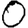
Digit: 0